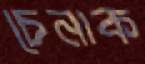
চেনাক